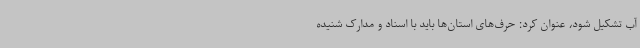
آب تشکیل شود، عنوان کرد: حرف‌های استان‌ها باید با اسناد و مدارک شنیده